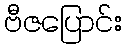
ဗီဇပြောင်း